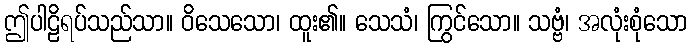
ဤပါဠိရပ်သည်သာ။ ဝိသေသော၊ ထူး၏။ သေသံ၊ ကြွင်သော။ သဗ္ဗံ၊ အလုံးစုံသော